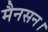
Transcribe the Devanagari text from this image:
मैनसन।